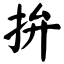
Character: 拚